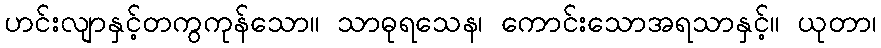
ဟင်းလျာနှင့်တကွကုန်သော။ သာဓုရသေန၊ ကောင်းသောအရသာနှင့်။ ယုတာ၊